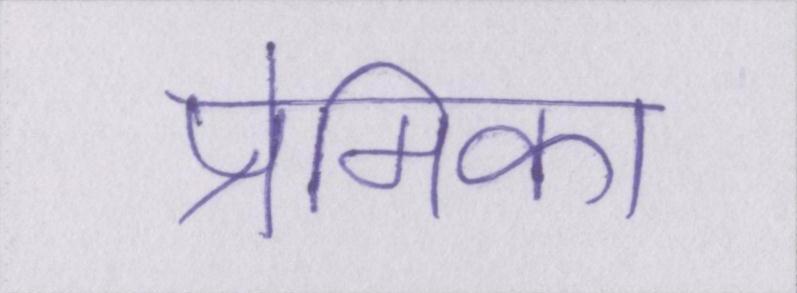
प्रेमिका